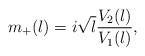
LaTeX: \begin{align*}m_+(\l)=i\sqrt{\l}\frac{V_2(\l)}{V_{1}(\l)},\end{align*}